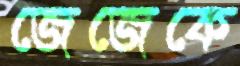
জেজেকে